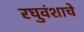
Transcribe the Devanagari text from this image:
रघुवंशाचे